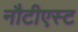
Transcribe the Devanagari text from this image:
नौटीएस्ट